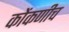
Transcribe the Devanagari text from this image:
कोंकणीच